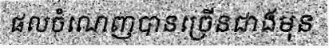
ផលចំណេញបានច្រើនជាងមុន